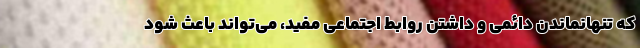
که تنهانماندن دائمی و داشتن روابط اجتماعی مفید، می‌تواند باعث شود